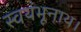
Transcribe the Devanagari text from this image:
स्वयंभूनाथ।